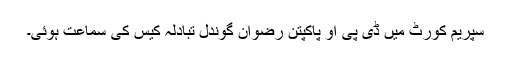
سپریم کورٹ میں ڈی پی او پاکپتن رضوان گوندل تبادلہ کیس کی سماعت ہوئی۔